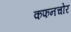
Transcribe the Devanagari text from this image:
कफनचोर